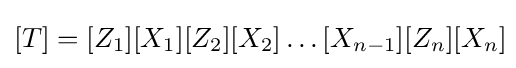
[T]=[Z_{1}][X_{1}][Z_{2}][X_{2}]\ldots [X_{n-1}][Z_{n}][X_{n}]\!